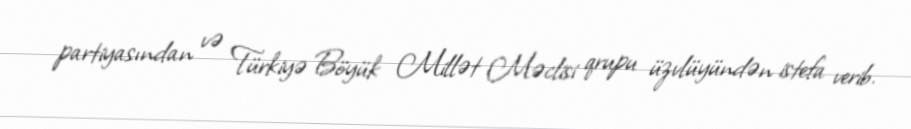
partiyasından və Türkiyə Böyük Millət Məclisi qrupu üzvlüyündən istefa verib.